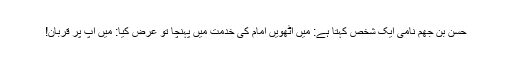
حسن بن جھم نامی ایک شخص کہتا ہے: میں آٹھویں امامؑ کی خدمت میں پہنچا تو عرض کیا: میں آپ پر قربان!